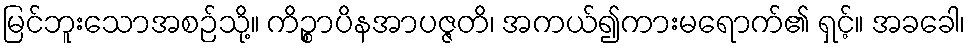
မြင်ဘူးသောအစဉ်သို့။ ကိဉ္စာပိနအာပဇ္ဇတိ၊ အကယ်၍ကားမရောက်၏ ရှင့်။ အခခေါ၊